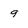
Character: 9